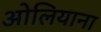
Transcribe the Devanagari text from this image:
ओलियाना